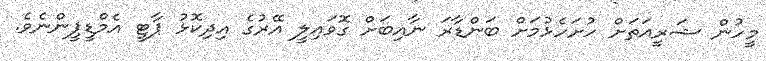
މީހުން ޝަރީއަތަށް ހުށަހެޅުމަށް ބަންޑާރަ ނާއިބަށް ގޮވައިލީ އޭރުގެ އިދިކޮޅު ޕާޓީ އެމްޑީޕީންނެވެ.